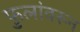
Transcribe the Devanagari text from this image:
फुलांवरून